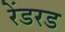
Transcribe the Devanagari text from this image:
रेंडरड